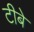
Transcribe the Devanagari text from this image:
टीबे